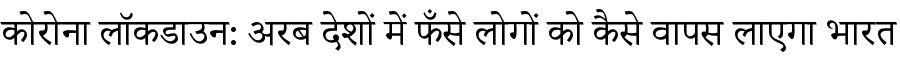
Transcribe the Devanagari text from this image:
कोरोना लॉकडाउन: अरब देशों में फँसे लोगों को कैसे वापस लाएगा भारत